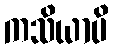
ကသိယာပိ